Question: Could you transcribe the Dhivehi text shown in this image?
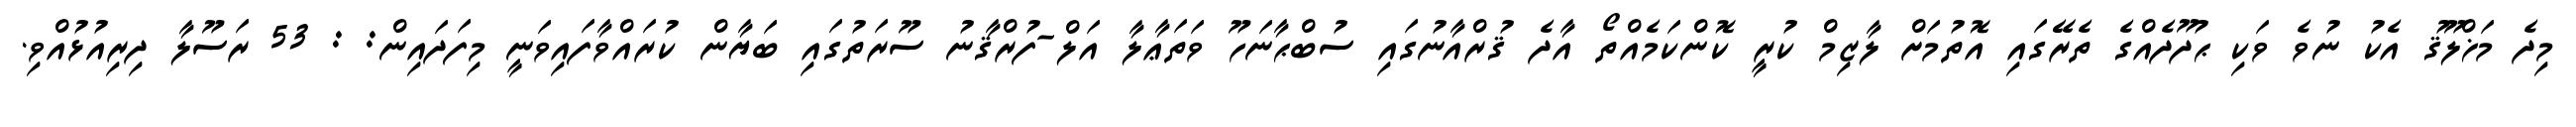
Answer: މިދެ މަޚްލޫޤު އެކު ނުވެ ވަކި ޙުދޫދެއްގެ ތެރޭގައި އޮތުމަށް ލާޒިމް ކުރީ ކޮންކަމެއްތޯ އާދެ ޤުރްއާނުގައި ސުބްޙާނަހޫ ވަތަޢާލާ އަލް-ފުރްޤާނު ސޫރަތުގައި ބަޔާން ކުރައްވާފައިވަނީ މިފަދައިން: : 53 ރަސޫލާ ދިރިއުޅުއްވި.